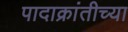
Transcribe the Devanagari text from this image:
पादाक्रांतीच्या